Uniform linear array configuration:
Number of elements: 24
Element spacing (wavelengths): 0.75
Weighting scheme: cosine
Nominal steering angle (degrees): -60
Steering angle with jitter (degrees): -61.505
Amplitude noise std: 0.05
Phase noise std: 0.05

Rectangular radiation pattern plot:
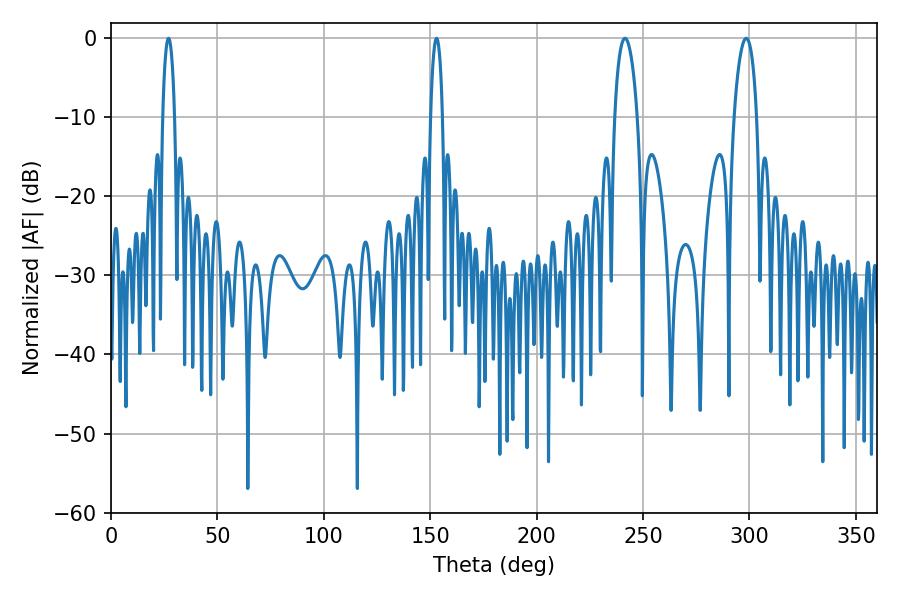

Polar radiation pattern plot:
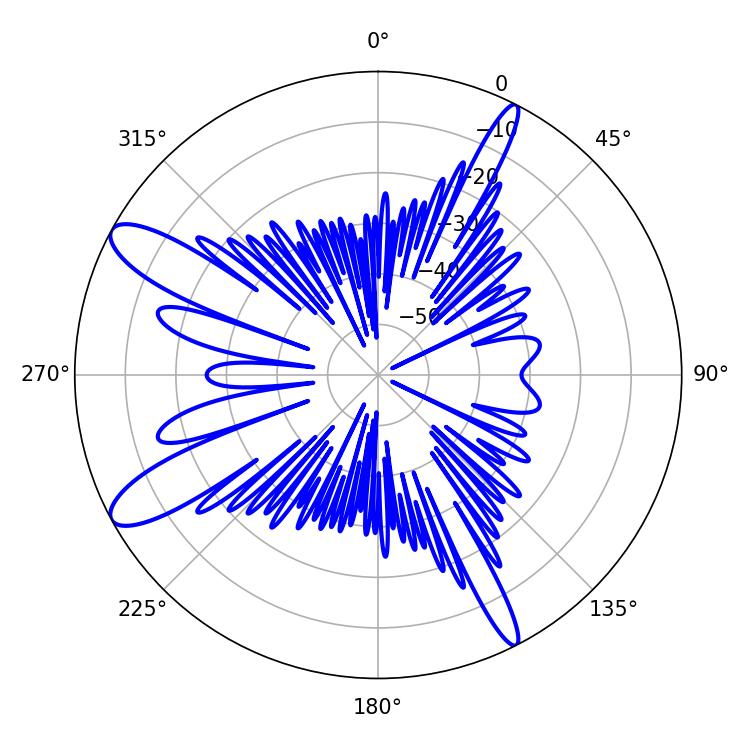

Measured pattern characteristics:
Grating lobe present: TRUE
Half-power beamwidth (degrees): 5.94
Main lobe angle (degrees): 298.44